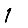
Digit: 1